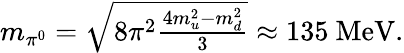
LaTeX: \begin{array}{r}{m_{\pi^{0}}=\sqrt{8\pi^{2}\frac{4m_{u}^{2}-m_{d}^{2}}{3}}\approx 135\ \mathrm{{MeV}}.}\end{array}